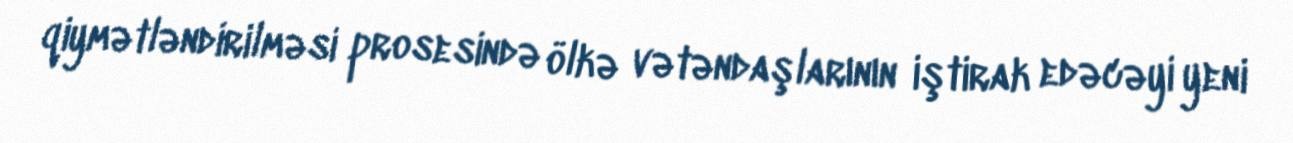
qiymətləndirilməsi prosesində ölkə vətəndaşlarının iştirak edəcəyi yeni